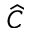
\widehat { C }